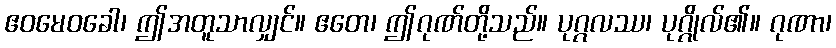
ဧဝမေဝခေါ၊ ဤအတူသာလျှင်။ ဧတေ၊ ဤဂုဏ်တို့သည်။ ပုဂ္ဂလဿ၊ ပုဂ္ဂိုလ်၏။ ဂုဏာ၊